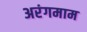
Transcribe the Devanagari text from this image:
अरंगमाम